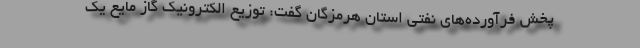
پخش فرآورده‌های نفتی استان هرمزگان گفت: توزیع الکترونیک گاز مایع یک